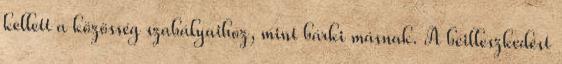
kellett a közösség szabályaihoz, mint bárki másnak. A beilleszkedést